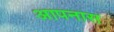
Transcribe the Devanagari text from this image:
आपनास